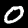
Digit: 0